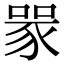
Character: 𧱄